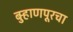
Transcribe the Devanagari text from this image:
बुर्‍हाणपूरचा